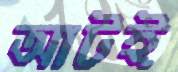
আটই